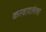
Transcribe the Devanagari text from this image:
करवादलेला